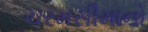
ચરમસીમાનો